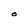
Character: O